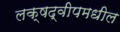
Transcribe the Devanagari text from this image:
लक्षद्वीपमधील